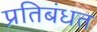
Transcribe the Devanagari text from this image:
प्रतिबंधत